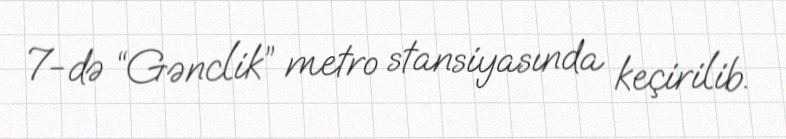
7-də “Gənclik” metro stansiyasında keçirilib.